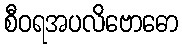
စီဝရအပလိဗောဓော